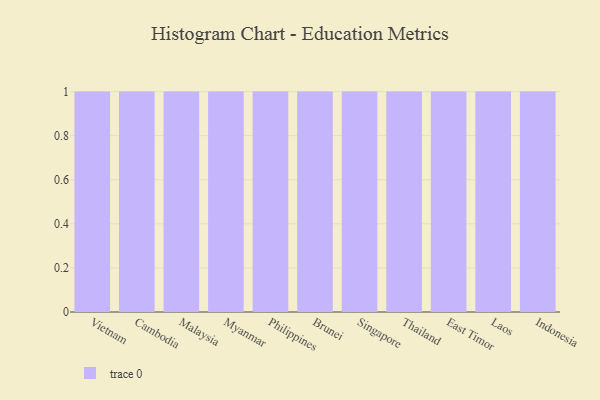
{"axis": {"x": "Country", "y": "Revenue (USD Million)"}, "legend": [""], "data": [{"x": "Vietnam", "y": 57, "type": ""}, {"x": "Cambodia", "y": 4, "type": ""}, {"x": "Malaysia", "y": 6, "type": ""}, {"x": "Myanmar", "y": 29, "type": ""}, {"x": "Philippines", "y": 8, "type": ""}, {"x": "Brunei", "y": 30, "type": ""}, {"x": "Singapore", "y": 61, "type": ""}, {"x": "Thailand", "y": 49, "type": ""}, {"x": "East Timor", "y": 40, "type": ""}, {"x": "Laos", "y": 12, "type": ""}, {"x": "Indonesia", "y": 13, "type": ""}]}